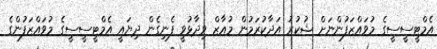
އެމްޓީސީސީގެ މުވައްޒަފުންނަށް ޝުކުރު އަދާކުރަމުން މުއާޒް ވިދާޅުވީ ފެނިގެން ދިޔައީ އެމްޓީސީސީގެ މުވައްޒަފުންގެ